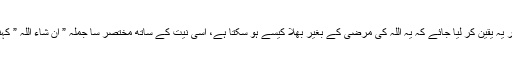
کیا ہی اچھا ہو کہ اس موقع پر یہ یقین کر لیا جائے کہ یہ اللہ کی مرضی کے بغیر بھلا کیسے ہو سکتا ہے، اسی نیت کے ساتھ مختصر سا جملہ ” ان شاء اللہ ” کہنے میں کچھ خرچ نہیں ہوتا ۔